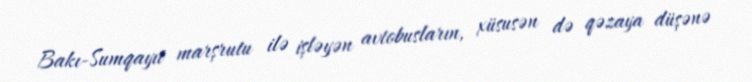
Bakı-Sumqayıt marşrutu ilə işləyən avtobusların, xüsusən də qəzaya düşənə